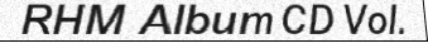
RHM Album CD Vol.